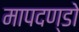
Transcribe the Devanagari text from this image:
मापदण्डो